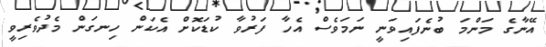
އޭނާގެ މަންމަ ބުނެފައިވަނީ ނަމަވެސް އެހާ ފަރުވާ ކުޑަކޮށް އެކަން ހިނގަން މެދުވެރިވީ